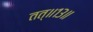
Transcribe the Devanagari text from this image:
तत्॥१३॥